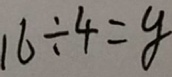
1 6 \div 4 = y